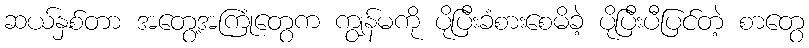
ဆယ်နှစ်တာ အတွေ့အကြုံတွေက ကျွန်မကို ပိုပြီးခံစားစေမိခဲ့ ပိုပြီးပီပြင်တဲ့ စာတွေ